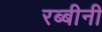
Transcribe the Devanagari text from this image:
रब्बीनी